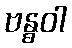
ဗန္ဓဝါ